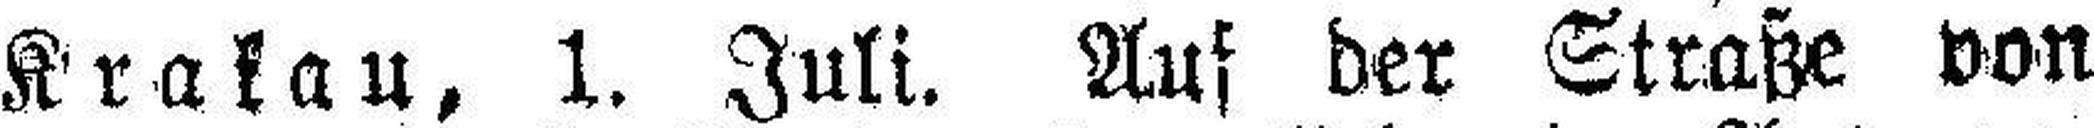
Krakau, 1. Juli. Auf der Straße von